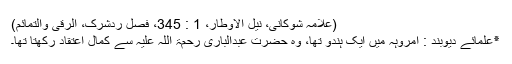
(علامہ شوکانی، نیل الاوطار، 1 : 345، فصل ردشرک، الرقیٰ والتمائم)
٭علمائے دیوبند : امروہہ میں ایک ہندو تھا، وہ حضرت عبدالباری رحمۃ اللہ علیہ سے کمال اعتقاد رکھتا تھا۔